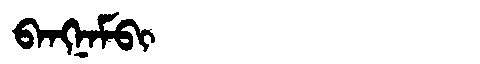
Manchu: ᠪᠠᠩᠨᠠᠮᠪᡳ
Romanization: BANGNAMBI